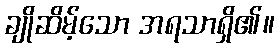
ချိုဆိမ့်သော အရသာရှိ၏။